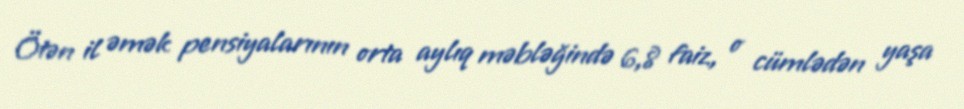
Ötən il əmək pensiyalarının orta aylıq məbləğində 6,8 faiz, o cümlədən yaşa